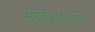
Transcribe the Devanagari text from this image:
मक्लिओडगंज